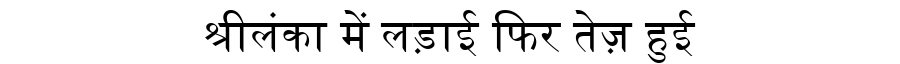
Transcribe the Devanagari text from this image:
श्रीलंका में लड़ाई फिर तेज़ हुई